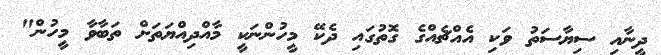
ދީނާއި ސިޔާސަތު ވަކި އެއްޗެއްގެ ގޮތުގައި ދެކޭ މީހުންނަކީ މާއްދިއްޔަތަށް ތަބާވާ މީހުން"